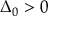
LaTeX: \Delta _ { 0 } > 0